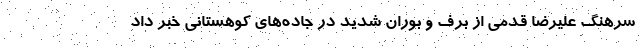
سرهنگ علیرضا قدمی از برف و بوران شدید در جاده‌های کوهستانی خبر داد